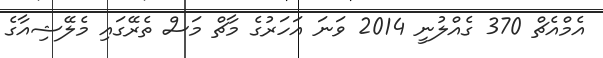
އެމްއެޗް 370 ގެއްލުނީ 2014 ވަނަ އަހަރުގެ މާޗް މަސް ތެރޭގައި މެލޭޝިއާގެ